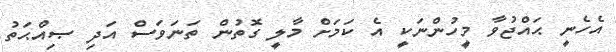
އެހެނީ ޙައްޖުވާ މީހުންނަކީ އެ ކަމަށް މާލީ ގޮތުން ތަނަވަސް އަދި ޞިއްޙަތު